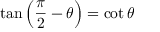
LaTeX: \tan \left( { \frac { \pi } { 2 } } - \theta \right) = \cot \theta